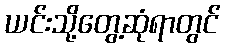
ယင်းသို့တွေ့ဆုံရာတွင်